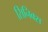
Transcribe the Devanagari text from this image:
सिनिक्स